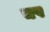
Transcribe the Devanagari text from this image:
चष